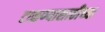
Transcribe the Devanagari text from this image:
टाळण्यासाठीच्या